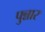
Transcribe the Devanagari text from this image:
पुन्नार